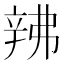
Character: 𬨙